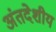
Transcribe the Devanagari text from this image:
अंतदेशीय